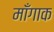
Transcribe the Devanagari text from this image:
माँगाक